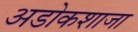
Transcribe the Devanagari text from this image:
अडोकशाजा